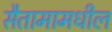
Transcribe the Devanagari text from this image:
सैतामामधील